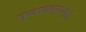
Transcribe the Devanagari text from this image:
प्रवासवर्णनही